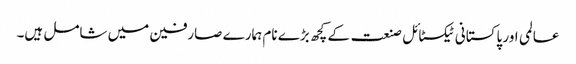
عالمی اور پاکستانی ٹیکسٹائل صنعت کے کچھ بڑے نام ہمارے صارفین میں شامل ہیں۔